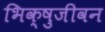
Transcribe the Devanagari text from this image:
भिक्षुजीवन